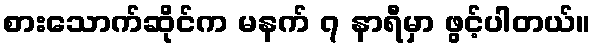
စားသောက်ဆိုင်က မနက် ၇ နာရီမှာ ဖွင့်ပါတယ်။